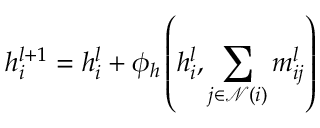
h _ { i } ^ { l + 1 } = h _ { i } ^ { l } + \phi _ { h } \left( h _ { i } ^ { l } , \sum _ { j \in \mathcal { N } ( i ) } m _ { i j } ^ { l } \right)